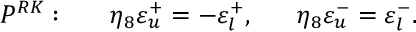
P ^ { R K } : \ \ \ \ \ \eta _ { 8 } \varepsilon _ { u } ^ { + } = - \varepsilon _ { l } ^ { + } , \ \ \ \ \ \eta _ { 8 } \varepsilon _ { u } ^ { - } = \varepsilon _ { l } ^ { - } .